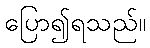
ပြော၍ရသည်။